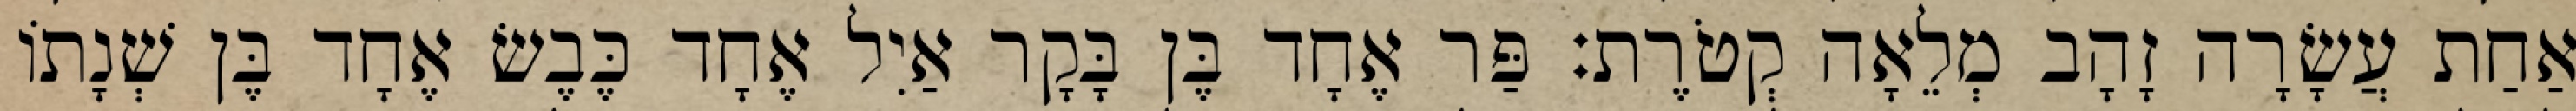
אַחַת עֲשָׂרָה זָהָב מְלֵאָה קְטֹרֶת׃ פַּר אֶחָד בֶּן בָּקָר אַיִל אֶחָד כֶּבֶשׂ אֶחָד בֶּן שְׁנָתוֹ